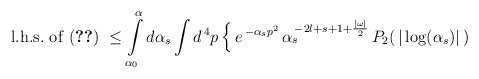
\begin{align*}{\rm l.h.s.\ of\ (\ref{th1})}\ \leq\int\limits_{\alpha_{0}}^{\alpha}d\alpha_{s}\int d^{\,4}p\,\Bigl\{\,e^{\,-\alpha_{s}p^{2}} \,\alpha_{s}^{\,-2l+s+1+\frac{\vert\omega\vert}{2}}\,P_{2}(\,\vert\log(\alpha_{s})\vert\,)\end{align*}